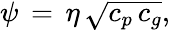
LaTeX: \psi\, =\, \eta\, {\sqrt{c_{p}\, c_{g}}},